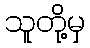
သူတို့မှ